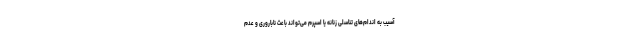
آسیب به اندام‌های تناسلی زنانه یا اسپرم می‌تواند باعث ناباروری و عدم